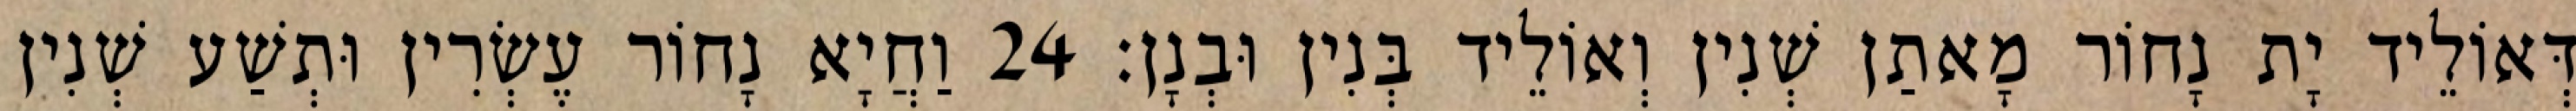
דְּאוֹלֵיד יָת נָחוֹר מָאתַן שְׁנִין וְאוֹלֵיד בְּנִין וּבְנָן׃ 24 וַחֲיָא נָחוֹר עֶשְׂרִין וּתְשַׁע שְׁנִין